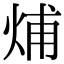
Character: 烳